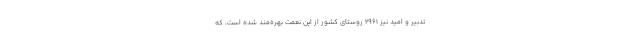
تدبیر و امید نیز ۲۹۶۱ روستای کشور از این نعمت بهره‌مند شده است، که